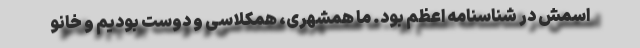
اسمش در شناسنامه اعظم بود. ما همشهری، همکلاسی و دوست بودیم و خانو